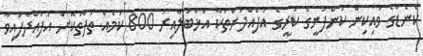
ކެނެޑާގެ ވައިކިން ކުންފުނީގެ ކުރީގެ އުފެއްދުންތަކާ އަޅާބަލާއިރު 800 ކަމެއް ތަފާތުކޮށް އުފައްދާފައިވާ